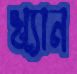
খ্যান